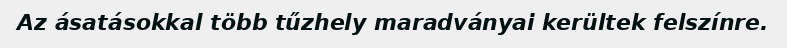
Az ásatásokkal több tűzhely maradványai kerültek felszínre.